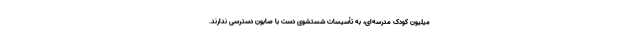
میلیون کودک مدرسه‌ای، به تأسیسات شستشوی دست با صابون دسترسی ندارند.